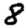
Digit: 8